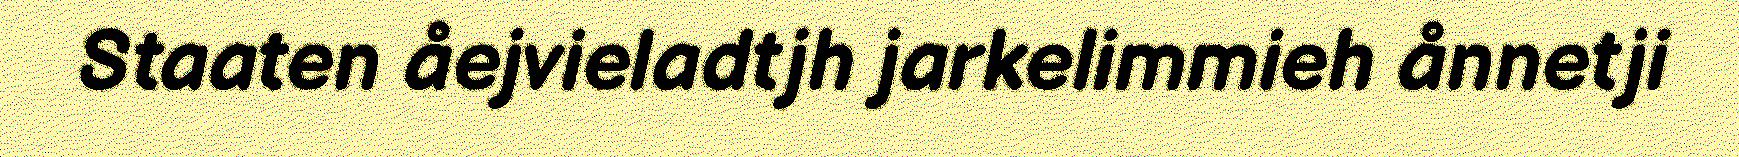
Staaten åejvieladtjh jarkelimmieh ånnetji